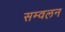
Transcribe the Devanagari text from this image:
सम्वलन